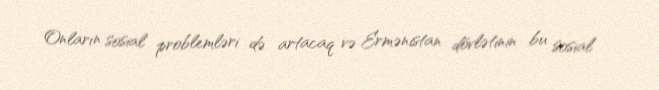
Onların sosial problemləri də artacaq və Ermənistan dövlətinin bu sosial